Source: Handwritten
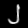
Digit: ၂ (2)